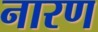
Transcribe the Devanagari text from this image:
नारण